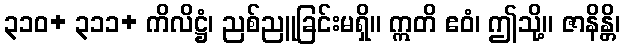
၃၁၀+ ၃၁၁+ ကိလိဋ္ဌံ၊ ညစ်ညူခြင်းမရှိ။ ဣတိ ဧဝံ၊ ဤသို့။ ဇာနိန္တိ၊